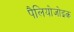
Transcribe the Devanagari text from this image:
पैलियोजोइक